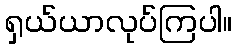
ရှယ်ယာလုပ်ကြပါ။